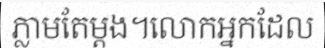
ភ្លាមតែម្តង។លោកអ្នកដែល